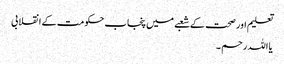
تعلیم اور صحت کے شعبے میں پنجاب حکومت کے انقلابی
یا اللہ رحم ۔